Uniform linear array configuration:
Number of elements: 16
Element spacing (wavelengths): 1
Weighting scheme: uniform
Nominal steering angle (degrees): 0
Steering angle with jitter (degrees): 1.555
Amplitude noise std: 0.05
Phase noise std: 0.05

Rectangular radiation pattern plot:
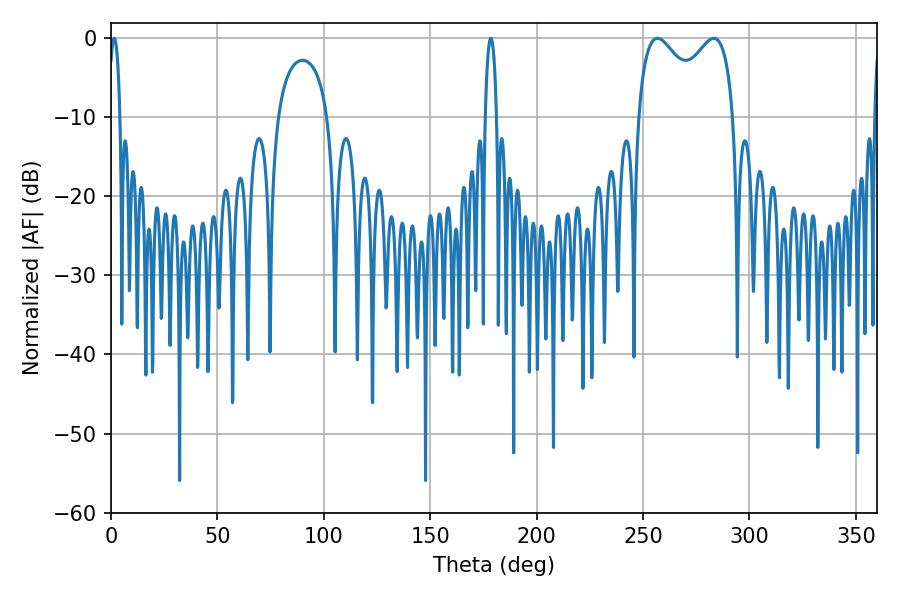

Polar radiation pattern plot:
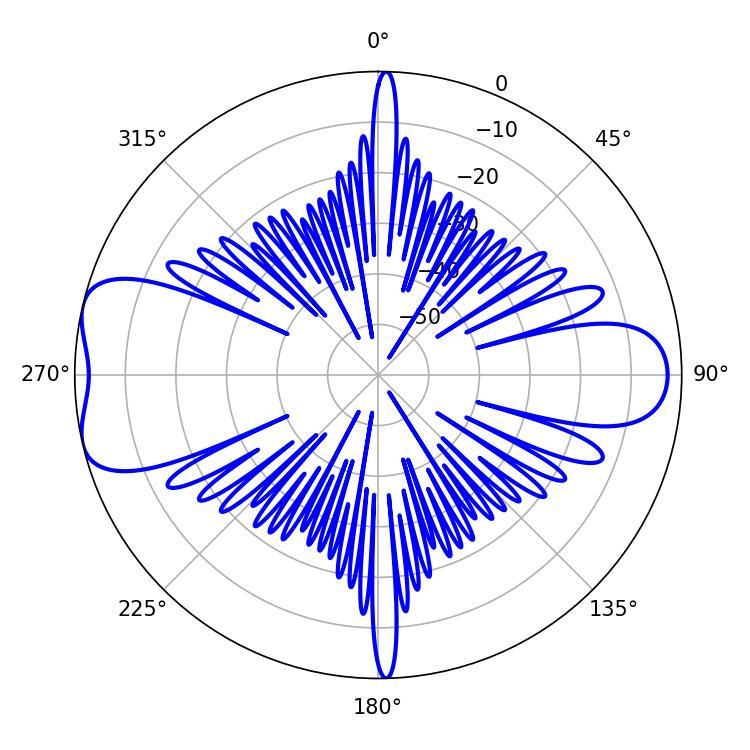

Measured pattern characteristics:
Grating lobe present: TRUE
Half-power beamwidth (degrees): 37.8
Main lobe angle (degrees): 256.68